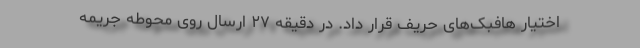
اختیار هافبک‌های حریف قرار داد. در دقیقه ۲۷ ارسال روی محوطه جریمه